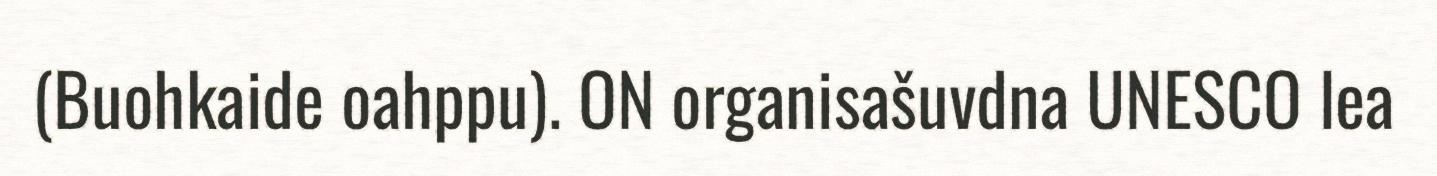
(Buohkaide oahppu). ON organisašuvdna UNESCO lea